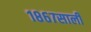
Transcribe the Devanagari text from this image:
१८६७साली